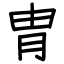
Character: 胄